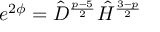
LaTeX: e ^ { 2 \phi } = \hat { D } ^ { \frac { p - 5 } { 2 } } \hat { H } ^ { \frac { 3 - p } { 2 } }